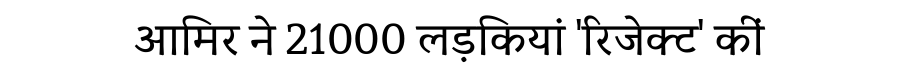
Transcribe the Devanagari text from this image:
आमिर ने 21000 लड़कियां 'रिजेक्ट' कीं